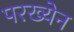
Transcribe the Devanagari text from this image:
परख्येन